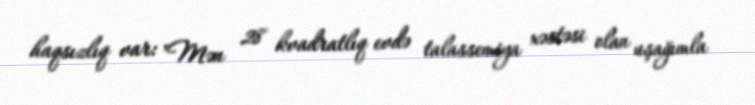
haqsızlıq var: "Mən 28 kvadratlıq evdə talassemiya xəstəsi olan uşağımla